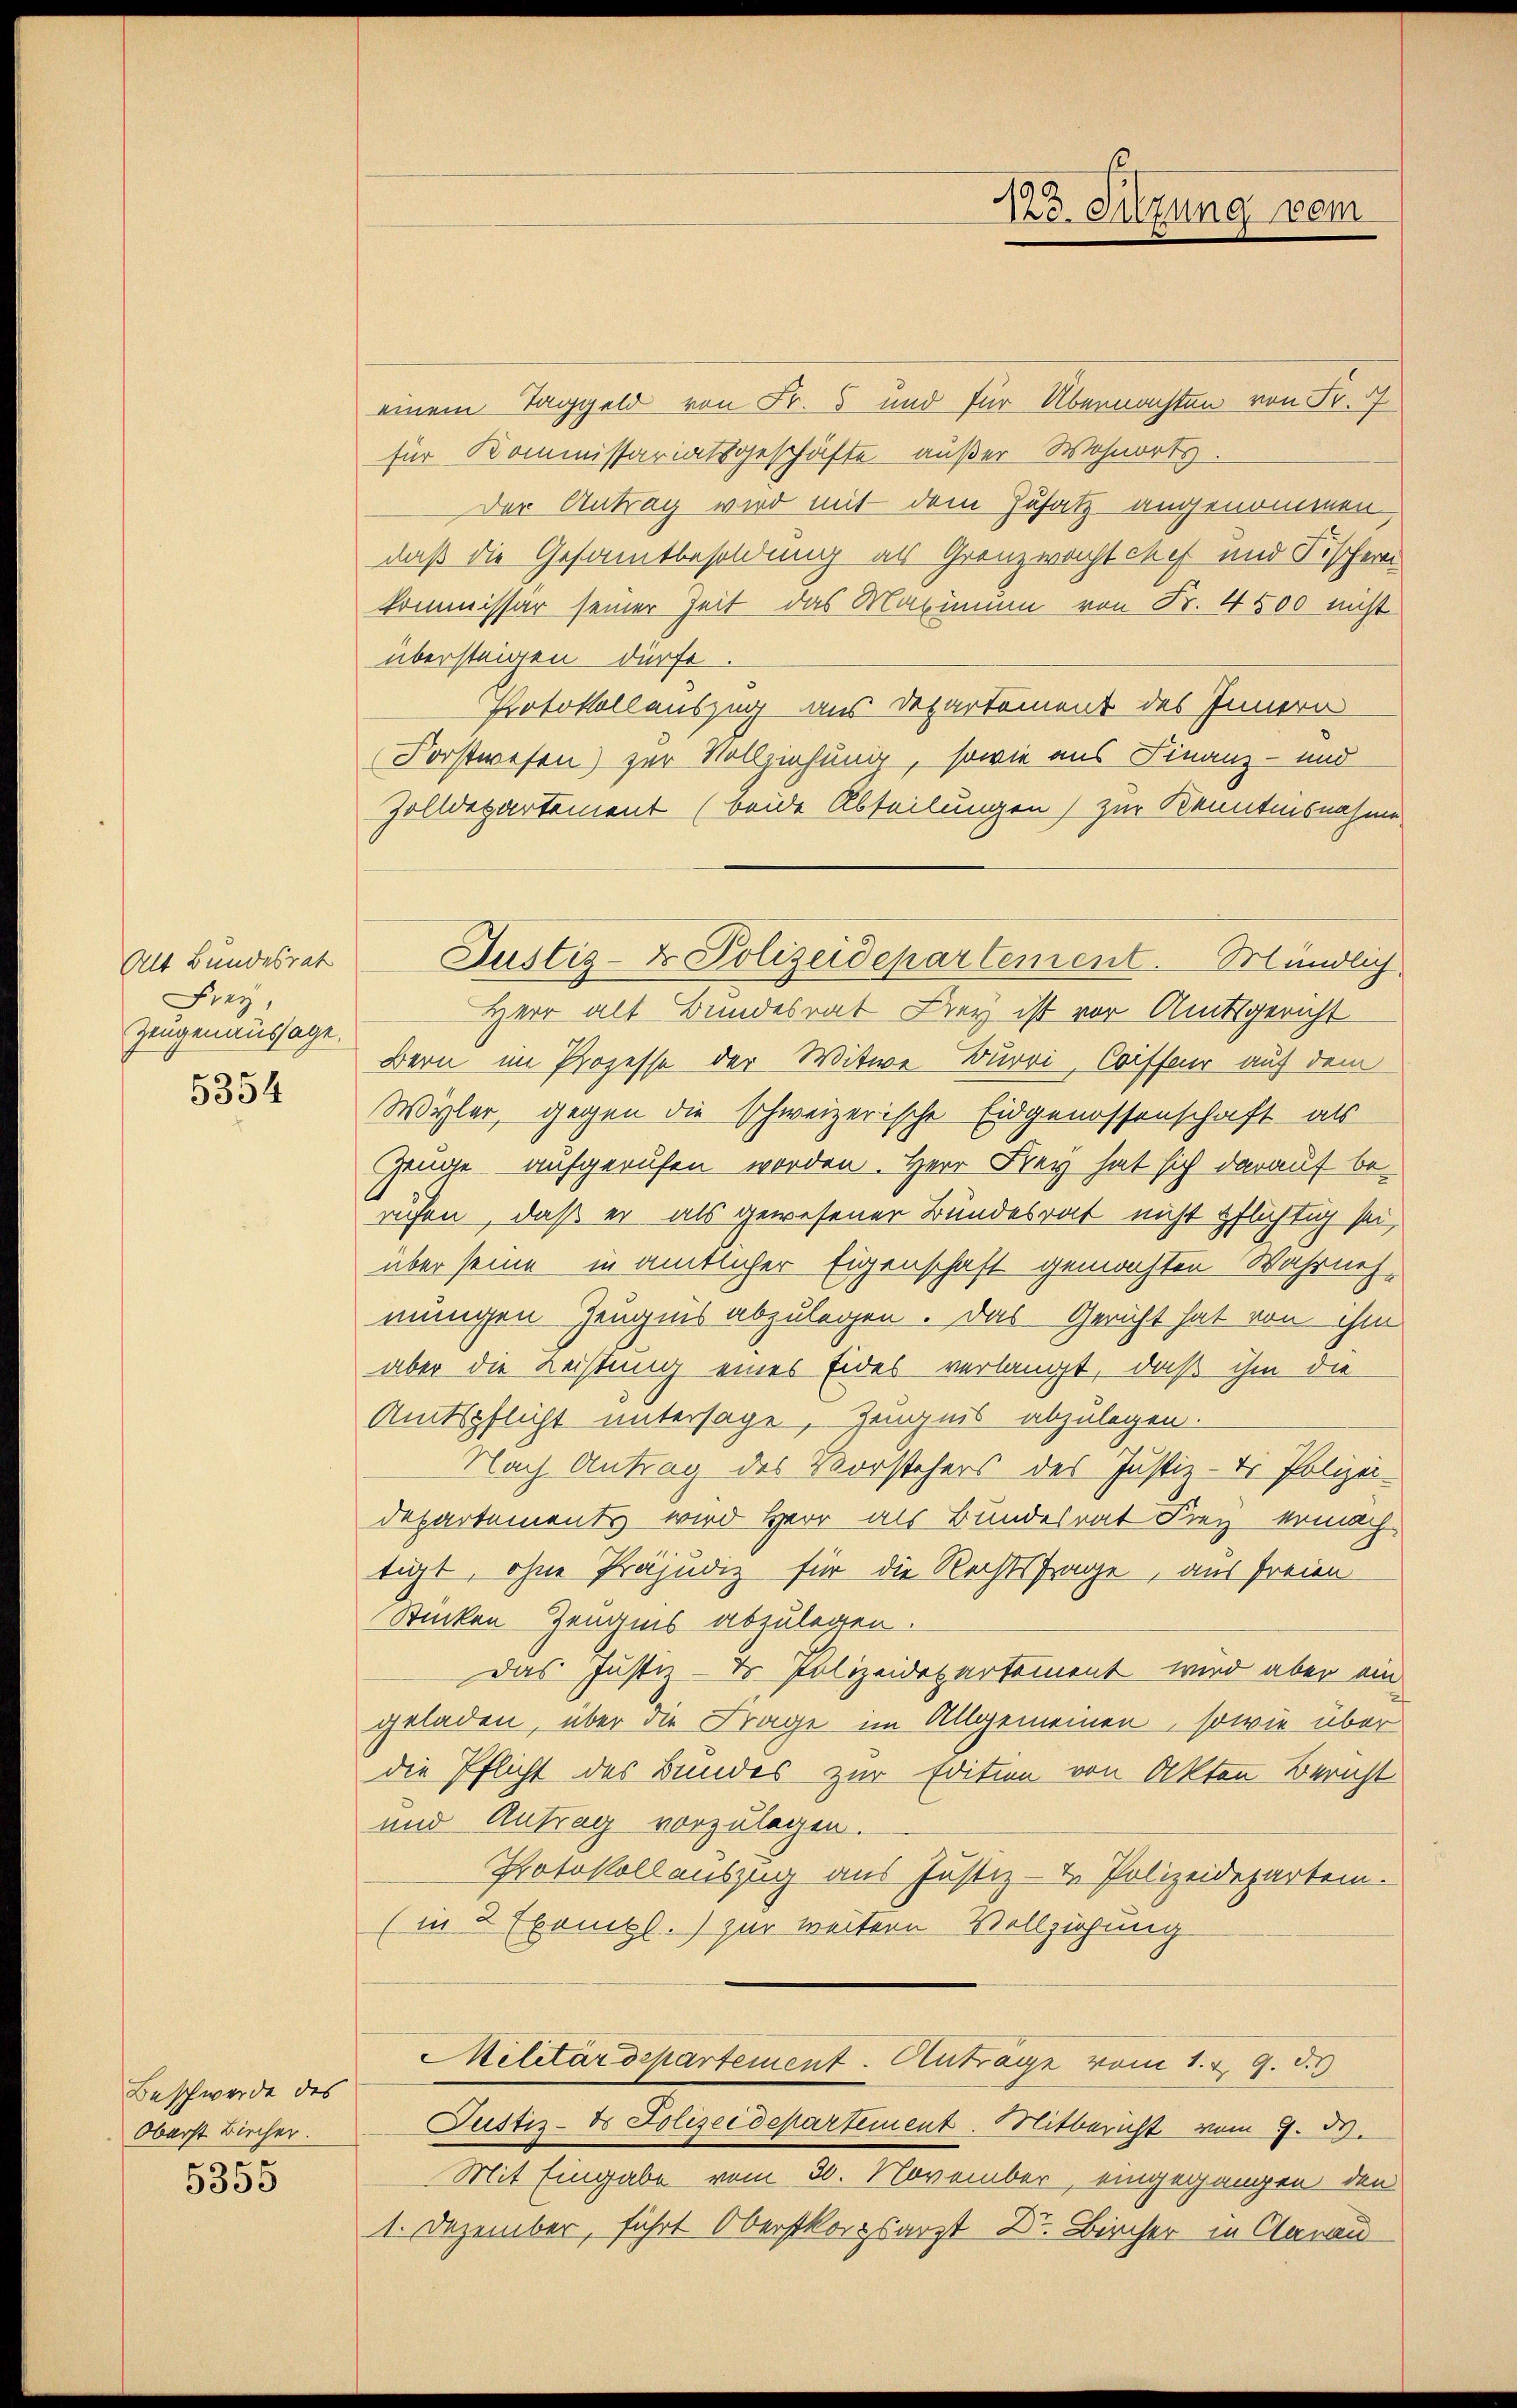
Alt Bundesrat
Frey,
Zeugenaussage.

5354

Beschwerde des
Oberst Bircher.
ge
5395

einem Taggeld von Fr. 5 und für Übermachten von Fr. 7
für Kommissariatsgeschäfte außer Wohnorts.
Der Antrag wird mit dem Zusatz angenommen
daß die Gesamtbesoldung als Grenzwacht chef und Fischeren
kommissär seiner Zeit das Maximum von Fr. 4500 nicht
übersteigen dürfe
Protokollauszug aus Departement des Innern
Forstwesen) zur Vollziehung, sowie aus Finanz- und
Zolldepartement (beide Abteilungen) zur Kenntnisnahme
Herr alt Bundesrat Frey ist vor Amtsgericht
Bern im Prozesse der Witwe Burri, Coiffeur auf dem
Wyler, gegen die schweizerische Eidgenossenschaft als
Zeuge aufgerufen worden. Herr Frey hat sich darauf be-
ruhen, daß er als gewesener Bundesrat nicht pflichtig sei,
über seine in amtlicher Eigenschaft gemachten Wahrnehmungen Zeugnis abzulegen. Das Gericht hat von ihm
aber die Leistung eines Eides verlangt, daß ihm die
Amtspflicht untersage Zeugnis abzulegen.
Nach Antrag des Vorstehers des Justiz-Di Polizei-
Departements wird Herr als Bundesrat Frey ermachtigt, ohne Präjudiz für die Rechtsfrage, aus freien
Stücken Zeugnis abzulegen.
Das Justiz - Dr. Polizeidepartement wird aber ein
geladen, über die Frage im Allgemeinen, sowie über
die Pflicht des Bundes zur Edition von Akten Bericht
und Antrag vorzulegen.
Protokoll auszug aus Justiz- & Polizeideparten.
(in 2 Exempl.) zur weitern Vollziehung
Militärdepartement. Antrage vom 1. v. 9. 53
Justiz- & Polizeidepartement. Mitbericht vom 9. 59.
Mit Eingabe vom 30. November, eingegangen den
1. Dezember, führt Oberstkorpsarzt Dr. Bircher in Aarau

Justiz- & Polizeidepartement. Mündlich

125. Sitzung vom